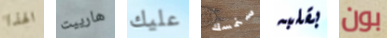
الهذا هارييت عليك سنمسك بقلبه بون